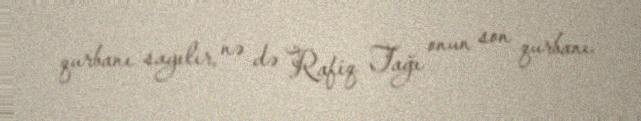
qurbanı sayılır, nə də Rafiq Tağı onun son qurbanı.